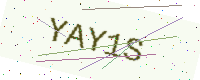
Text: YAY1S